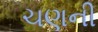
ચણની